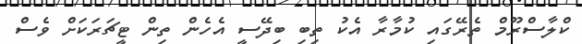
ކްލާސްރޫމް ތެރޭގައި ކުމާރާ އެކު ތިބި ބިދޭސީ އެހެން ތިން ޓީޗަރަކަށް ވެސް